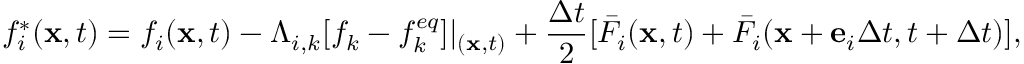
f _ { i } ^ { * } ( { \bf { x } } , t ) = { f _ { i } } ( { \bf { x } } , t ) - { \Lambda _ { i , k } } [ { f _ { k } } - f _ { k } ^ { e q } ] { | _ { ( { \bf { x } } , t ) } } + \frac { { \Delta t } } { 2 } [ { \bar { F } _ { i } } ( { \bf { x } } , t ) + { \bar { F } _ { i } } ( { \bf { x } } + { { \bf { e } } _ { i } } \Delta t , t + \Delta t ) ] ,